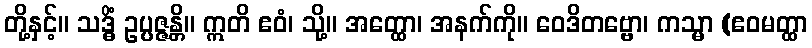
တို့နှင့်။ သဒ္ဓိံ ဥပ္ပဇ္ဇန္တိ။ ဣတိ ဧဝံ၊ သို့။ အတ္ထော၊ အနက်ကို။ ဝေဒိတဗ္ဗော၊ ကသ္မာ (ဧဝမတ္ထာ